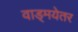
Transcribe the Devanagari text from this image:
वाड्मयेतर